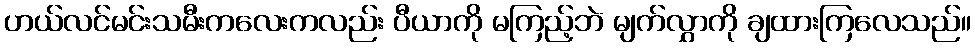
ဟယ်လင်မင်းသမီးကလေးကလည်း ပီယာကို မကြည့်ဘဲ မျက်လွှာကို ချထားကြလေသည်။